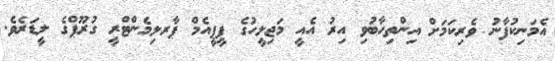
އެމަނިކުފާނު ވެރިކަމަށް އިންތިހާބުވި އިރު އެއީ މަޖިލީހުގެ ޕީޕީއެމް ޕާރލިމެންޓްރީ ގުރޫޕްގެ ލީޑަރެވެ.